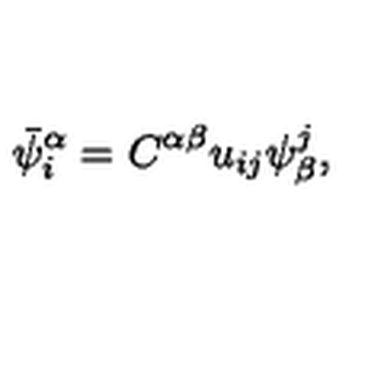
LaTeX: \bar { \psi } _ { i } ^ { \alpha } = C ^ { \alpha \beta } u _ { i j } \psi _ { \beta } ^ { j } ,